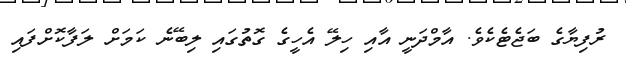
ރުފިޔާގެ ބަޖެޓެކެވެ. އާމްދަނީ އާއި ހިލޭ އެހީގެ ގޮތުގައި ލިބޭނެ ކަމަށް ލަފާކޮށްފައި